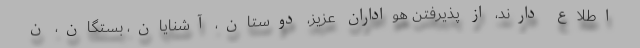
اطلاع دارند، از پذیرفتن هواداران عزیز، دوستان، آشنایان، بستگان، ن